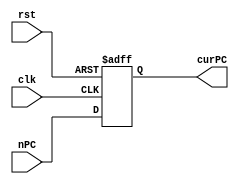
module PC(
  input clk,
  input rst,
  input [29:0] nPC, 
  output [29:0] curPC);
  
  reg [29:0] pc;
  assign curPC = pc;
  always @ (posedge clk or negedge rst) 
  begin
    if (!rst)
      pc <= 7'h0000_300;
    else
      pc <= nPC;
  end
endmodule